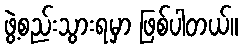
ဖွဲ့စည်းသွားရမှာ ဖြစ်ပါတယ်။